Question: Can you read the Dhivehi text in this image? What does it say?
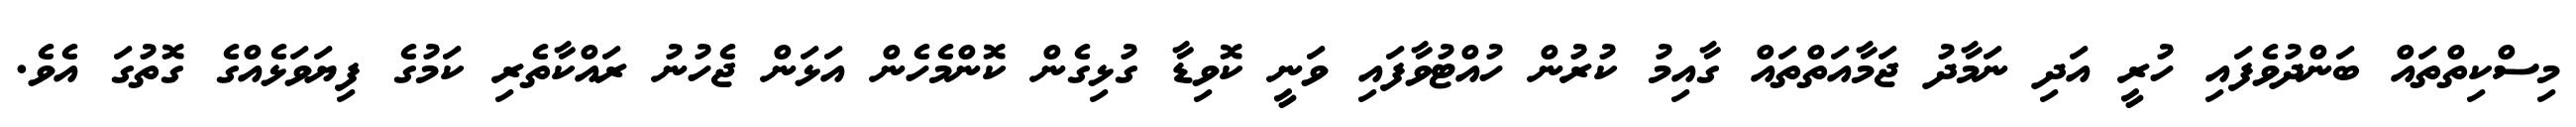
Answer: މިސްކިތްތައް ބަންދުވެފައި ހުރީ އަދި ނަމާދު ޖަމާއަތްތައް ގާއިމު ކުރުން ހުއްޓުވާފައި ވަނީ ކޮވިޑާ ގުޅިގެން ކޮންމެހެން އަޅަން ޖެހުނު ރައްކާތެރި ކަމުގެ ފިޔަވަޅެއްގެ ގޮތުގަ އެވެ.